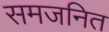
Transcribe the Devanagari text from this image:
समजनित